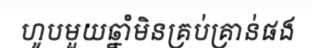
ហូបមួយឆ្នាំមិនគ្រប់គ្រាន់ផង